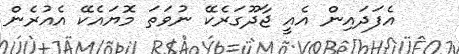
އެފަދައިން އެއީ ޖާދޫގަރެކޭ ނުވަތަ މޮޔައެކޭ އެއުރެން